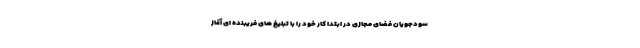
سودجویان فضای مجازی در ابتدا کار خود را با تبلیغ های فریبنده ای آغاز